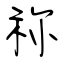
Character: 祢